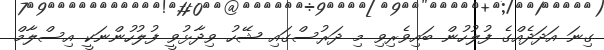
ގިނަ އަދަދެއްގެ ފުލުހުން ބައިވެރިވި މި ދަރުސްގައި ޝޭހު ވިދާޅުވީ ފުލުހުންނަކީ އިސްލާމް